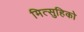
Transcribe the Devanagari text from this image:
मित्सुहिको